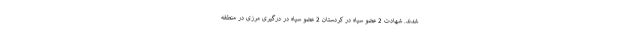
شدند. شهادت 2 عضو سپاه در کردستان 2 عضو سپاه در درگیری مرزی در منطقه